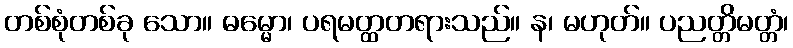
တစ်စုံတစ်ခု သော။ ဓမ္မော၊ ပရမတ္ထတရားသည်။ န၊ မဟုတ်။ ပညတ္တိမတ္တံ၊